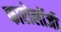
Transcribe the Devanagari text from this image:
फारोलॉजी